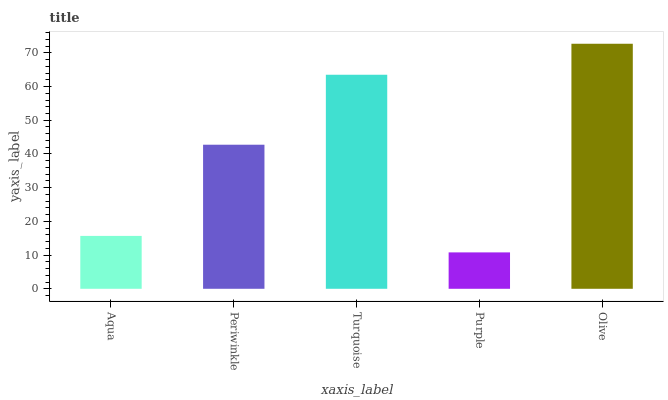
| xaxis_label | bars |
 | --- | --- |
 | Aqua | 15.7 |
 | Periwinkle | 42.7 |
 | Turquoise | 63.5 |
 | Purple | 10.8 |
 | Olive | 72.7 |